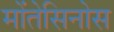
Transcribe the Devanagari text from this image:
मोंतेसिनोस